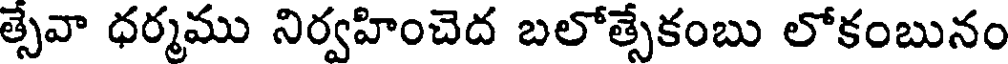
త్సేవా ధర్మము నిర్వహించెద బలోత్సేకంబు లోకంబునం